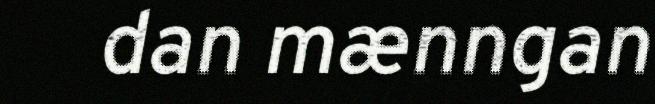
dan mænngan